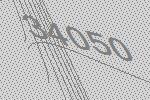
34050